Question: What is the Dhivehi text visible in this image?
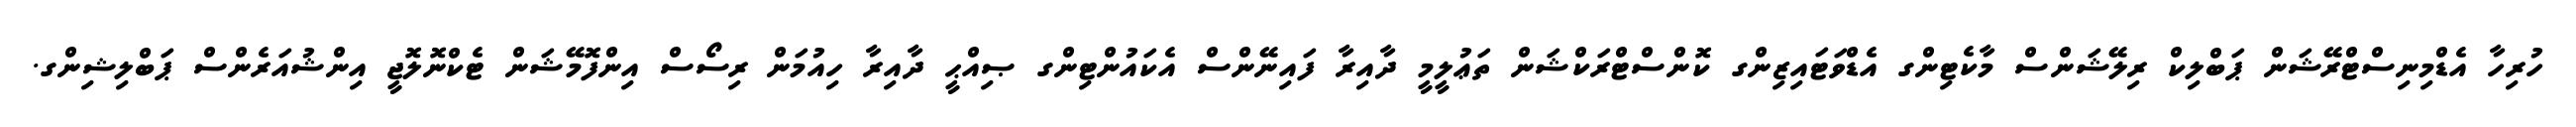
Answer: ހުރިހާ އެޑްމިނިސްޓްރޭޝަން ޕަބްލިކް ރިލޭޝަންސް މާކެޓިންގ އެޑްވަޓައިޒިންގ ކޮންސްޓްރަކްޝަން ތަޢުލީމީ ދާއިރާ ފައިނޭންސް އެކައުންޓިންގ ޞިއްޙީ ދާއިރާ ހިއުމަން ރިސޯސް އިންފޮމޭޝަން ޓެކްނޮލޮޖީ އިންޝުއަރެންސް ޕަބްލިޝިންގ.